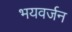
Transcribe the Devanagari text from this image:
भयवर्जन